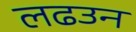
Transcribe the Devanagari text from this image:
लढउन